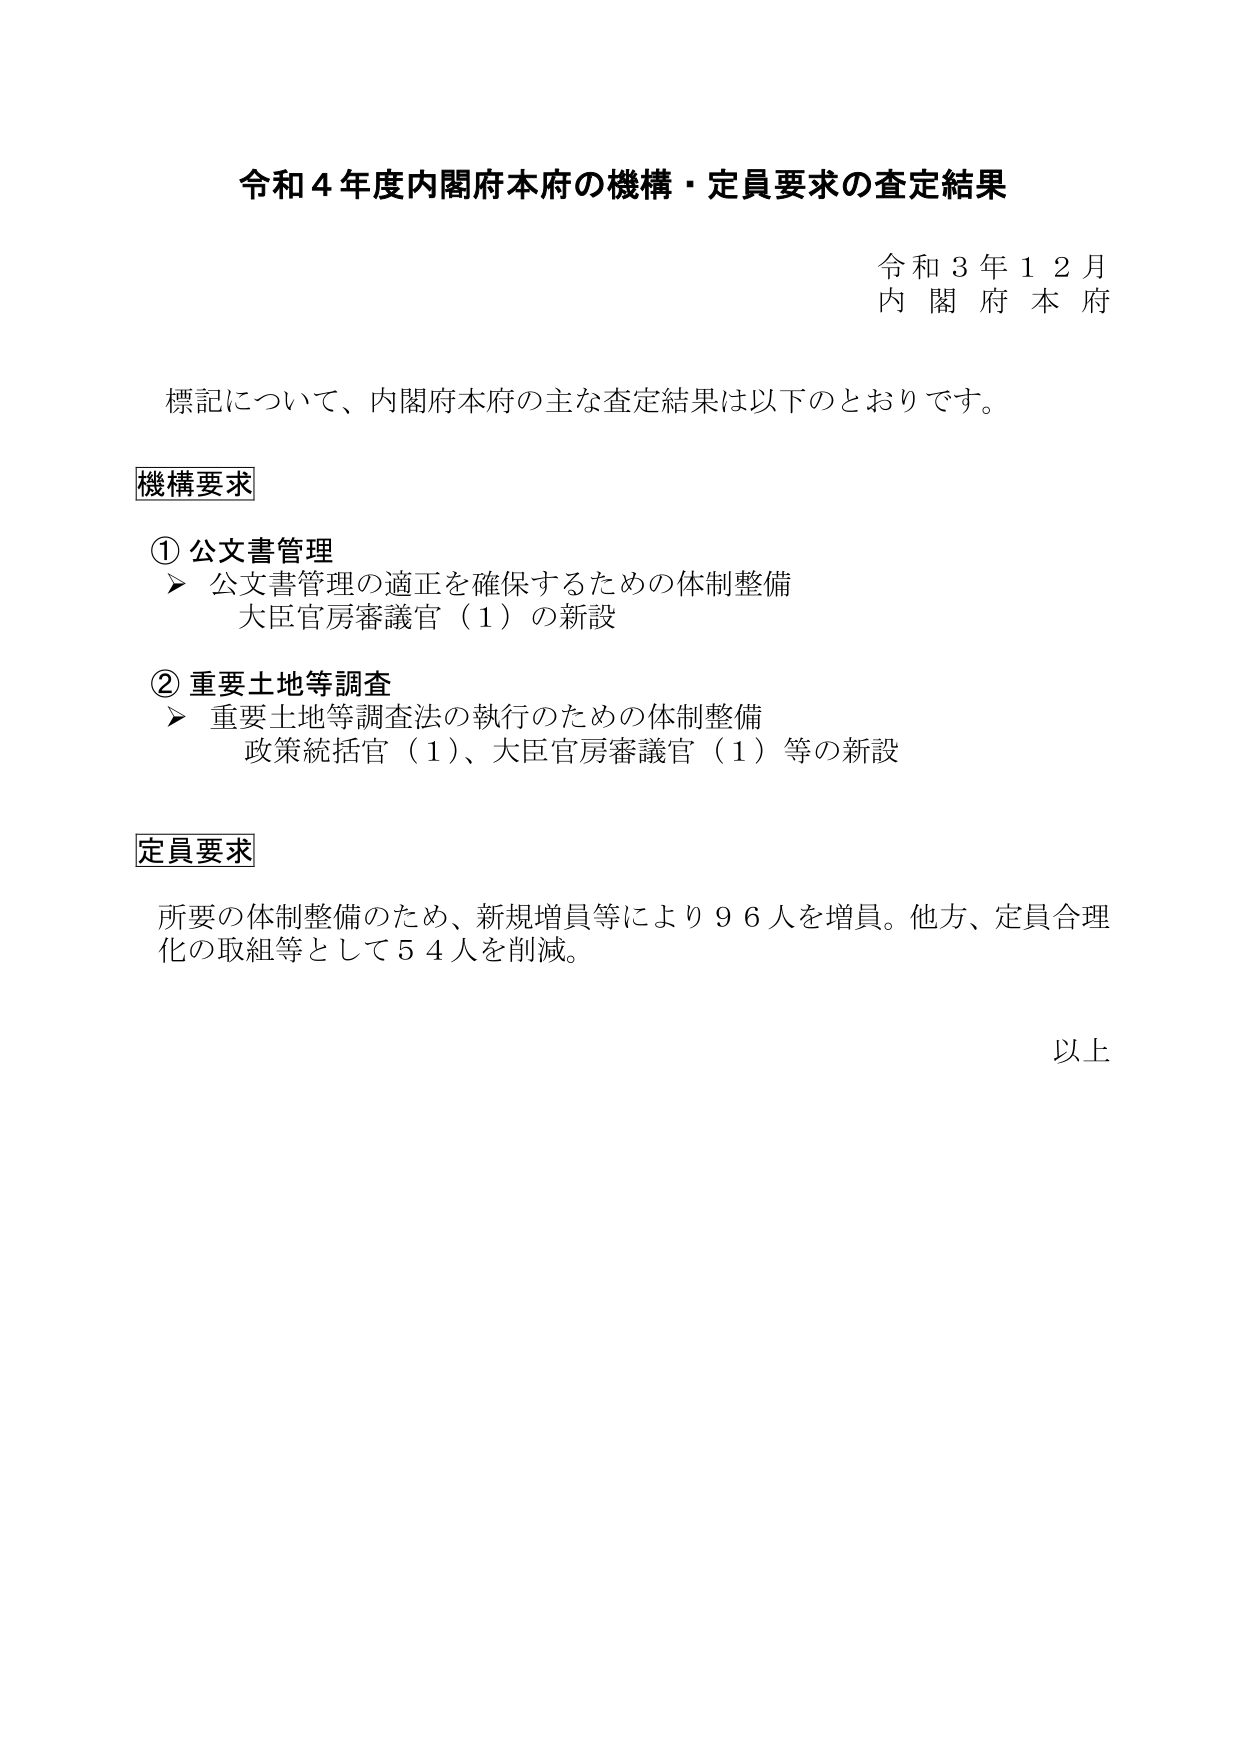
令和４年度内閣府本府の機構・定員要求の査定結果

令和３年１２月
内閣府本府

標記について、内閣府本府の主な査定結果は以下のとおりです。

機構要求

① 公文書管理
　➤ 公文書管理の適正を確保するための体制整備
　　大臣官房審議官（１）の新設

② 重要土地等調査
　➤ 重要土地等調査法の執行のための体制整備
　　政策統括官（１）、大臣官房審議官（１）等の新設

定員要求

所要の体制整備のため、新規増員等により９６人を増員。他方、定員合理化の取組等として５４人を削減。

以上